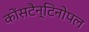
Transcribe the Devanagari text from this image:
कोंसटैन्टिनोपल